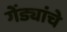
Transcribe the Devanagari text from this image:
गेंड्यांचे